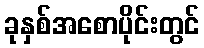
ခုနှစ်အစောပိုင်းတွင်